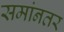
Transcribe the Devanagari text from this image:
समांनतर